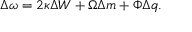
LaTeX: \Delta \omega = 2 \kappa \Delta W + \Omega \Delta m + \Phi \Delta q .